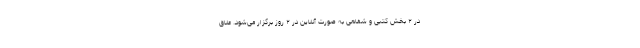
در ۲ بخش کتبی و شفاهی به صورت آنلاین در ۲ روز برگزار می‌شود. علاق